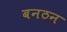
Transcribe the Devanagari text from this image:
बनठन